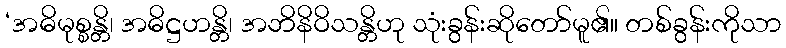
‘အဓိမုစ္စန္တိ၊ အဓိဋ္ဌဟန္တိ၊ အဘိနိဝိသန္တိဟု သုံးခွန်းဆိုတော်မူ၏။ တစ်ခွန်းကိုသာ